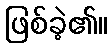
ဖြစ်ခဲ့၏။